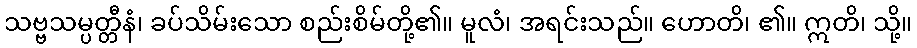
သဗ္ဗသမ္ပတ္တီနံ၊ ခပ်သိမ်းသော စည်းစိမ်တို့၏။ မူလံ၊ အရင်းသည်။ ဟောတိ၊ ၏။ ဣတိ၊ သို့။